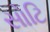
સોટિ